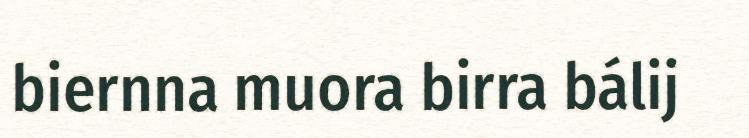
biernna muora birra bálij